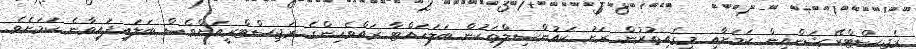
ރެޖިސްޓްރޭޝަންއިން ކަމަށާއި މީގެއިތުރުން ރަށު ކައުންސިލްތަކުން ބަލަހައްޓާ ރައްވެހިންގެ ރަޖިސްޓްރީއަށްވެސް ބަލައިފައިވާނެ ކަމަށެވެ.